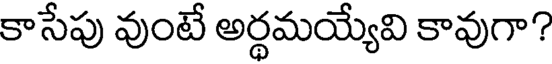
కాసేపు వుంటే అర్థమయ్యేవి కావుగా?